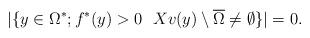
LaTeX: \begin{align*} |\{y \in \Omega^*; f^*(y) > 0 \ \ Xv(y) \setminus \overline{\Omega} \neq \emptyset\} | = 0. \end{align*}